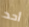
أحد